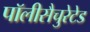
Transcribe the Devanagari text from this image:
पॉलीसैचुरेटेड